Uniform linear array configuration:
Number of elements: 4
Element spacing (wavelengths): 0.25
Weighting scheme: cosine
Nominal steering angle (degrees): -60
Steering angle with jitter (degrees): -60.42
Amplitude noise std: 0.05
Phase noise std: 0.05

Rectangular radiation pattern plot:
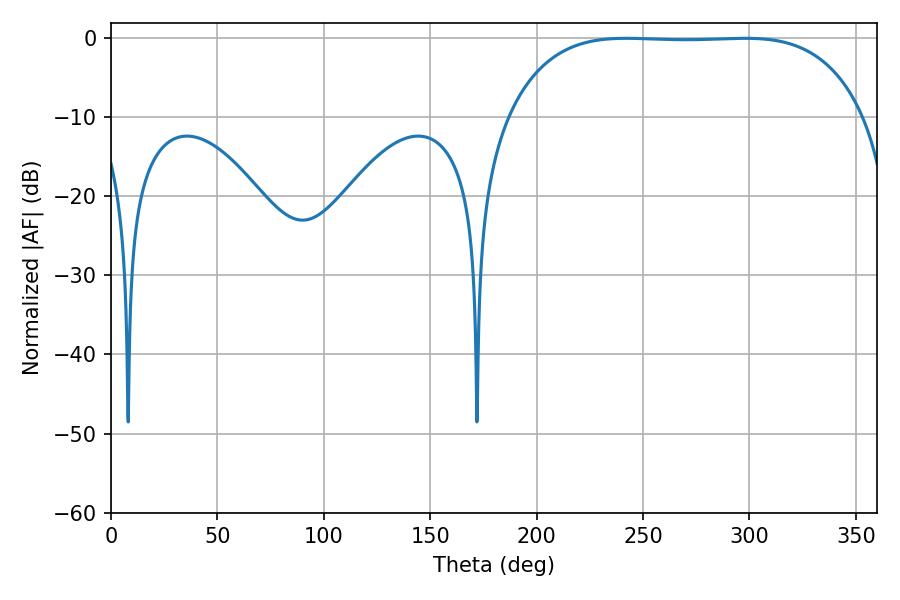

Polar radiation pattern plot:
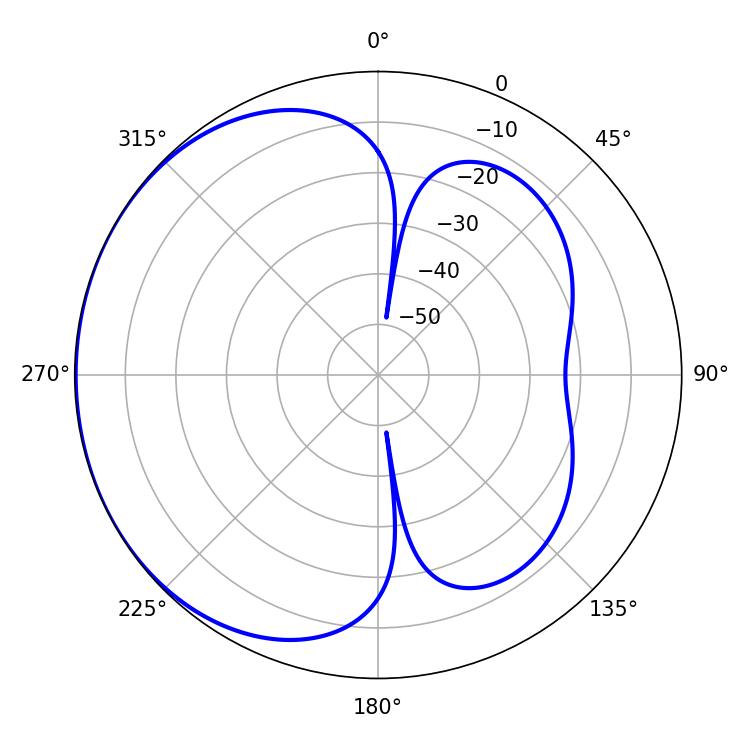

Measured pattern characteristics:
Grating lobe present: FALSE
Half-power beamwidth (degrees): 129.96
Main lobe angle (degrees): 242.1